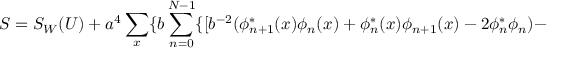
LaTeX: S = S _ { W } ( U ) + a ^ { 4 } \sum _ { x } \{ b \sum _ { n = 0 } ^ { N - 1 } \{ [ b ^ { - 2 } ( \phi _ { n + 1 } ^ { * } ( x ) \phi _ { n } ( x ) + \phi _ { n } ^ { * } ( x ) \phi _ { n + 1 } ( x ) - 2 \phi _ { n } ^ { * } \phi _ { n } ) -